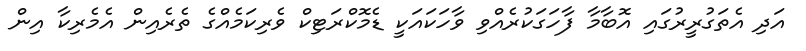
އަދި އެތަގުރީރުގައި އޮބާމާ ފާހަގަކުރެއްވި ވާހަކައަކީ ޑެމޮކްރަޓިކް ވެރިކަމެއްގެ ތެރެއިން އެމެރިކާ އިން